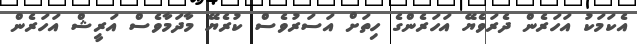
އެކަމަކު އަހަރެން ދެރަވެޔޭ އަހަރެންގެ ހިތަށް އަސަރުވެސް ކުރެޔޭ މާދަމާވެސް އަރީޝް އަހަރެން